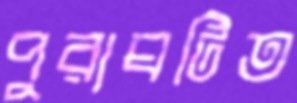
পুরাঘটিত